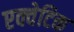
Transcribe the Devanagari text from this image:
एक्वेटिक